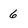
Character: 6